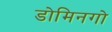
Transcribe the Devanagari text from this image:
डोमिनगो